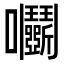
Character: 𡆞